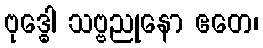
ဗုဒ္ဓေါ သဗ္ဗညုနော ဧတေ၊